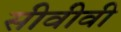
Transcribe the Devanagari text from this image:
सीवीवी